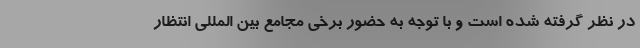
در نظر گرفته شده است و با توجه به حضور برخی مجامع بین المللی انتظار